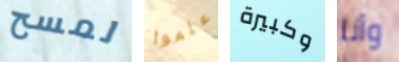
لمسح علموا وكبيرة وأنا